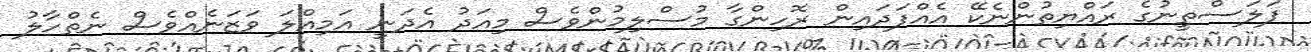
ފަލަސްތީނުގެ ރައްޔިތުންނެކޭ އެއްފަދައިން ރޮހިންގާ މުސްލިމުންވެސް މިއަދު އެދަނީ އަމިއްލަ ވަޒަނެއްވެސް ނެތްހާލު